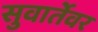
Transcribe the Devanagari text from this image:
सुवार्तेवर